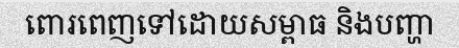
ពោរពេញទៅដោយសម្ពាធ និងបញ្ហា